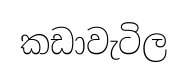
කඩාවැටිල